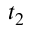
t _ { 2 }